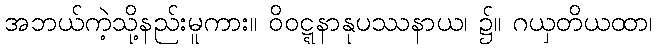
အဘယ်ကဲ့သို့နည်းမူကား။ ဝိဝဋ္ဋနာနုပဿနာယ၊ ၌။ ဂယှတိယထာ၊